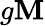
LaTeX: g\mathbf{M}